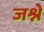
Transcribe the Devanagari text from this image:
जश्ने